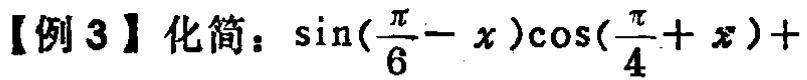
【例3】化简：\(\sin(\frac{\pi}{6}-x)\cos(\frac{\pi}{4}+x)+\)